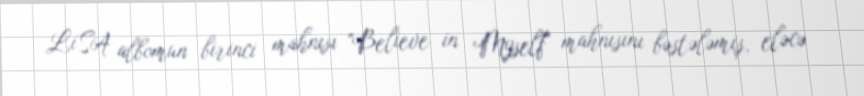
LiSA albomun birinci mahnısı "Believe in Myself" mahnısını bəstələmiş, eləcə